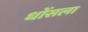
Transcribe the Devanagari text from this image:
धोंसला